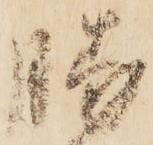
勝